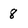
Character: 8